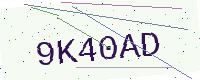
Text: 9K40AD